Civil Veterinary Dept. North-West Frontier Province 1923-32 - 1923-1932
Year: 1923
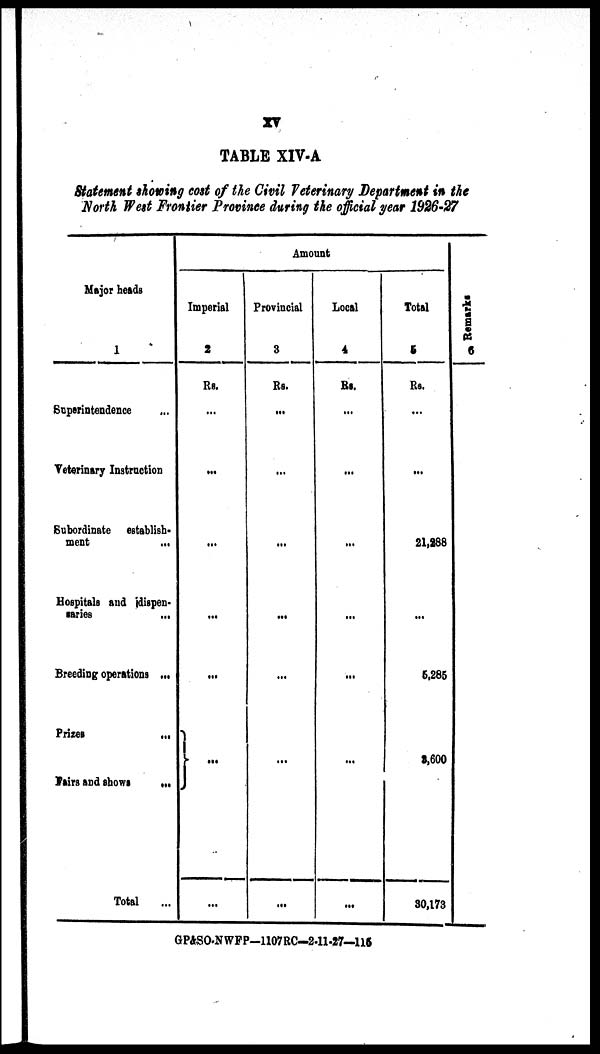
TABLE XIV-A
Statement showing cost of the Civil Veterinary Department in the
North West Frontier Province during the official year 1926-27
Major heads
1
Superintendence ...
Veterinary Instruction
Subordinate establish-
ment
...
Hospitals and dispen-
saries
...
Breeding operations ...
Prizes
...
Fairs and shows
...
Total
...
Amount
Imperial
2
Rs.
...
...
...
...
...
}...
...
Provincial
3
Rs.
...
...
...
...
...
...
...
Local
4
Rs.
...
...
...
...
...
...
...
Total
5
Rs.
...
...
21,288
...
5,285
3,600
30,173
Remarks
6
GP&SO-NWFP-1107RC—2-11-27—116